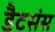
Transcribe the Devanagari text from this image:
डैटसंस